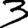
Digit: 3